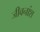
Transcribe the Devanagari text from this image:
जीवनांश